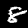
Digit: 8